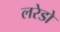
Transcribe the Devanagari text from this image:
लरेडो